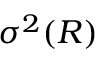
\sigma ^ { 2 } ( R )